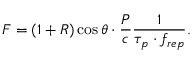
F = ( 1 + R ) \cos { \theta } \cdot \frac { P } { c } \frac { 1 } { \tau _ { p } \cdot f _ { r e p } } .